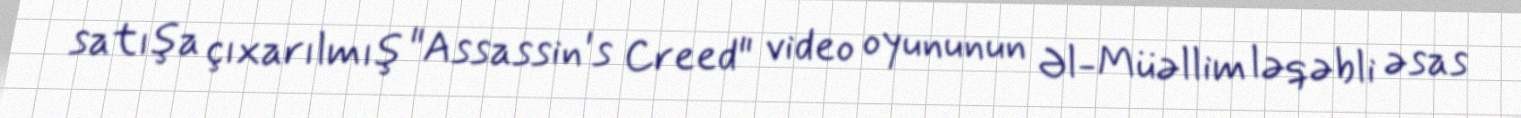
satışa çıxarılmış "Assassin's Creed" video oyununun Əl-Müəllim ləqəbli əsas